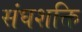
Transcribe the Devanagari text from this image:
संघशक्ति